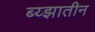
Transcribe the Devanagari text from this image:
ब्य्झातीन